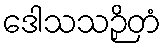
ဒေါသသဉှိတံ